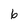
Character: 6